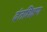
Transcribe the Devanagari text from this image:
दंतशिक्षण